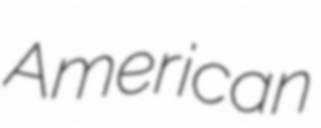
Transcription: American